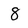
Character: 8